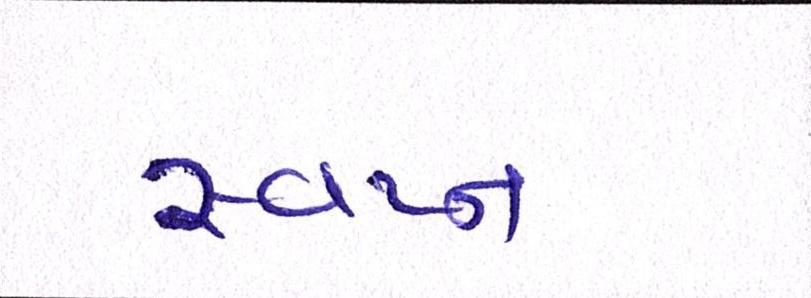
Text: સ્વપ્ન